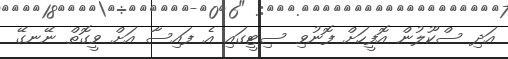
އަދި ސްކޫލުން އޮފީހަށް ފޮނުވި ސިޓީގައި އެ ފައިސާ އަށް ވީގޮތް ނޭނގޭ